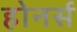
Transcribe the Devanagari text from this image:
होनर्स